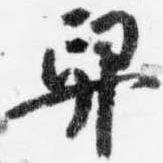
舁